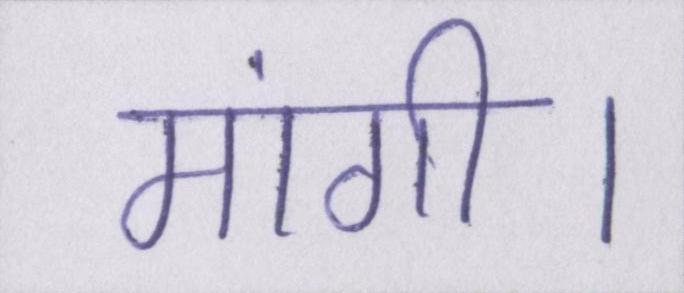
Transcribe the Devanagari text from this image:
मांगी।